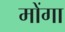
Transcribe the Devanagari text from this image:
मोंगा